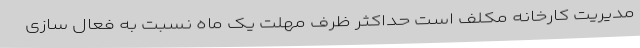
مدیریت کارخانه مکلف است حداکثر ظرف مهلت یک ماه نسبت به فعال سازی